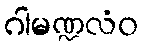
ဂါမဏ္ဍလံဝ